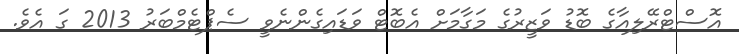
އޮސްޓްރޭލިއާގެ ބޮޑު ވަޒީރުގެ މަގާމަށް އެބޮޓް ވަޑައިގެންނެވީ ސެޕްޓެމްބަރު 2013 ގަ އެވެ.